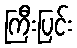
ကြီးပြင်း